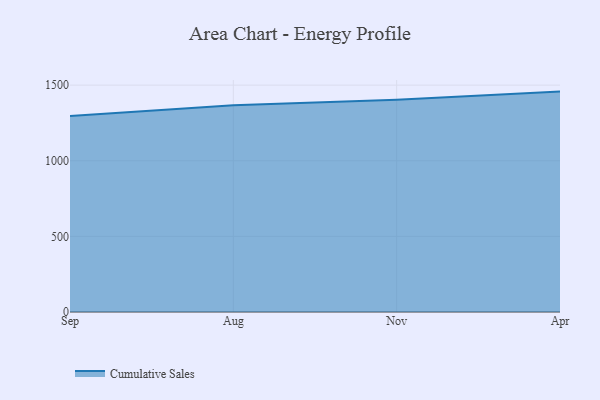
{"axis": {"x": "Month", "y": "Latency (ms)"}, "legend": ["Cumulative Sales"], "data": [{"x": "Sep", "y": 1296.7, "type": "Cumulative Sales"}, {"x": "Aug", "y": 1366.9, "type": "Cumulative Sales"}, {"x": "Nov", "y": 1402.8, "type": "Cumulative Sales"}, {"x": "Apr", "y": 1457.3, "type": "Cumulative Sales"}]}